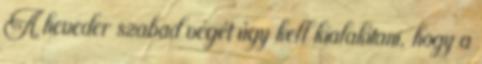
A heveder szabad végét úgy kell kialakítani, hogy a